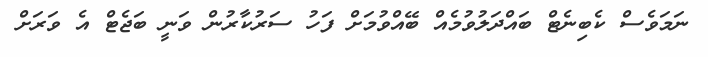
ނަމަވެސް ކެބިނެޓް ބައްދަލުވުމެއް ބޭއްވުމަށް ފަހު ސަރުކާރުން ވަނީ ބަޖެޓް އެ ވަރަށް